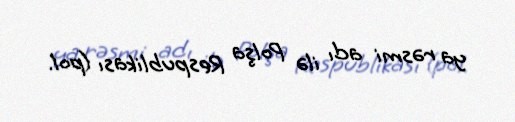
ya rəsmi adı ilə Polşa Respublikası (pol.